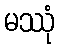
မဿုံ